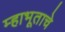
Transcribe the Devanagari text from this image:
म्हाभूताचे